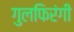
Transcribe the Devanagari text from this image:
गुलफिरंगी